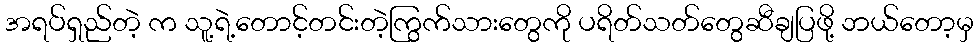
အရပ်ရှည်တဲ့ က သူ့ရဲ့တောင့်တင်းတဲ့ကြွက်သားတွေကို ပရိတ်သတ်တွေဆီချပြဖို့ ဘယ်တော့မှ